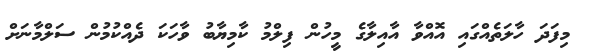
މިފަދަ ހާލަތެއްގައި އޮއްވާ އާއިލާގެ މީހުން ފިލްމު ކާމިޔާބު ވާހަކަ ދެއްކުމުން ސަލްމާނަށް